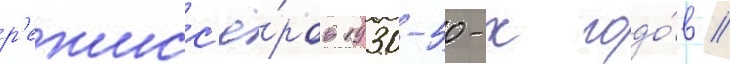
р'ежисс'ё́ров 1930-50-х годо́в //